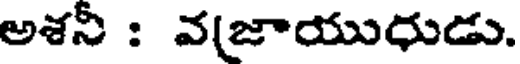
అశనీ : వ(జాయుధుడు.